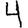
Digit: 4